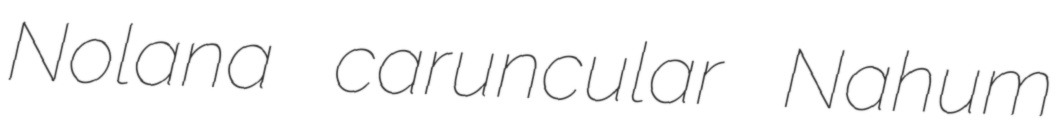
Nolana caruncular Nahum